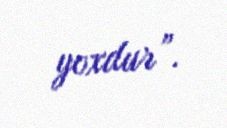
yoxdur”.